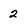
Character: 2